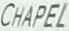
CHAPEL